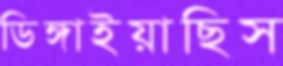
ডিঙ্গাইয়াছিস